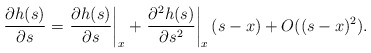
\begin{align*}\begin{aligned}\dfrac{\partial h(s)}{\partial s} &= \left.\dfrac{\partial h(s)}{\partial s}\right|_x + \left.\dfrac{\partial^2 h(s)}{\partial s^2}\right|_x(s-x)+ O((s-x)^2).\\\end{aligned}\end{align*}